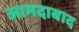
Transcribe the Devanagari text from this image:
आमदाबाद